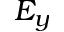
E _ { y }